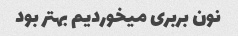
نون بربری میخوردیم بهتر بود